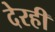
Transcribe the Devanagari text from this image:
देरही